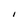
Character: I